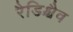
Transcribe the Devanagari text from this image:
रैडिश्चैव